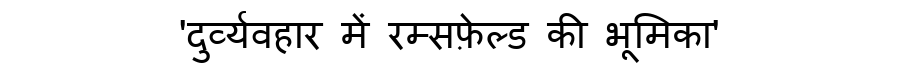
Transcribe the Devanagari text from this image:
'दुर्व्यवहार में रम्सफ़ेल्ड की भूमिका'